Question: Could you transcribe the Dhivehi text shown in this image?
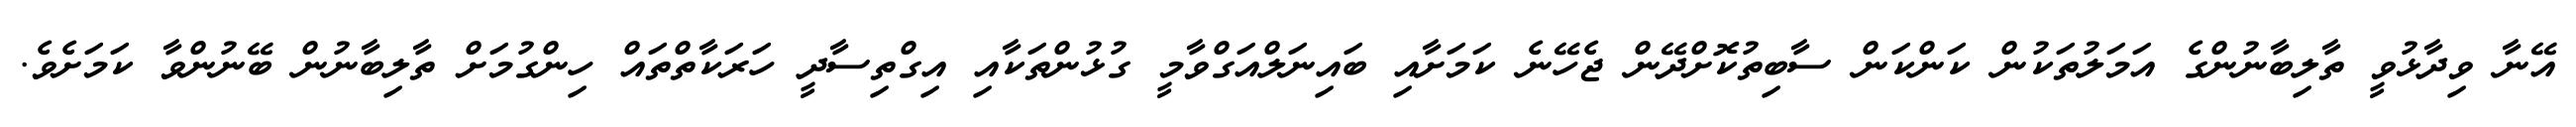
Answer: އޭނާ ވިދާޅުވީ ތާލިބާނުންގެ އަމަލުތަކުން ކަންކަން ސާބިތުކޮށްދޭން ޖެހޭނެ ކަމަށާއި ބައިނަލްއަގްވާމީ ގުޅުންތަކާއި އިގްތިސާދީ ހަރަކާތްތައް ހިންގުމަށް ތާލިބާނުން ބޭނުންވާ ކަމަށެވެ.